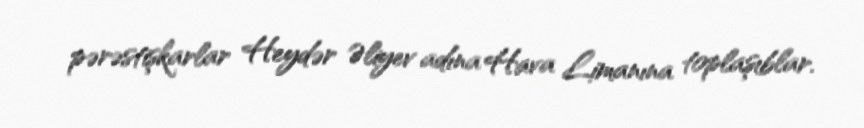
pərəstişkarlar Heydər Əliyev adına Hava Limanına toplaşıblar.